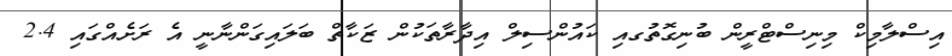
އިސްލާމިކް މިނިސްޓްރީން ބުނިގޮތުގއި ކައުންސިލް އިދާރާތަކުން ޒަކާތް ބަލައިގަންނާނީ އެ ރަށެއްގައި 2.4